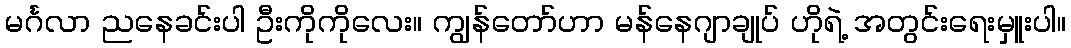
မင်္ဂလာ ညနေခင်းပါ ဦးကိုကိုလေး။ ကျွန်တော်ဟာ မန်နေဂျာချုပ် ဟိုရဲ့ အတွင်းရေးမှူးပါ။